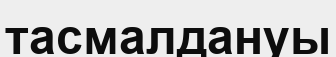
тасмалдануы